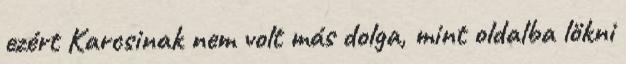
ezért Karcsinak nem volt más dolga, mint oldalba lökni